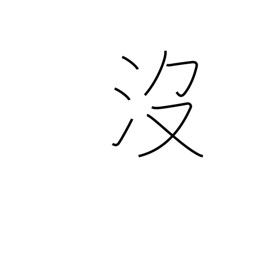
Meaning: to drown